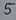
Text: 5